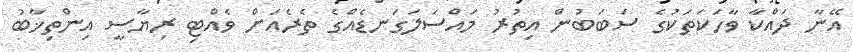
އޭނާ ދައްކާ ވާހަކަތަކުގެ ސަބަބުން އިތުރު މައްސަލަގަނޑެއްގެ ތެރެއަށް ވެއްޓި ރިޔާސީ އިންތިޚާބު